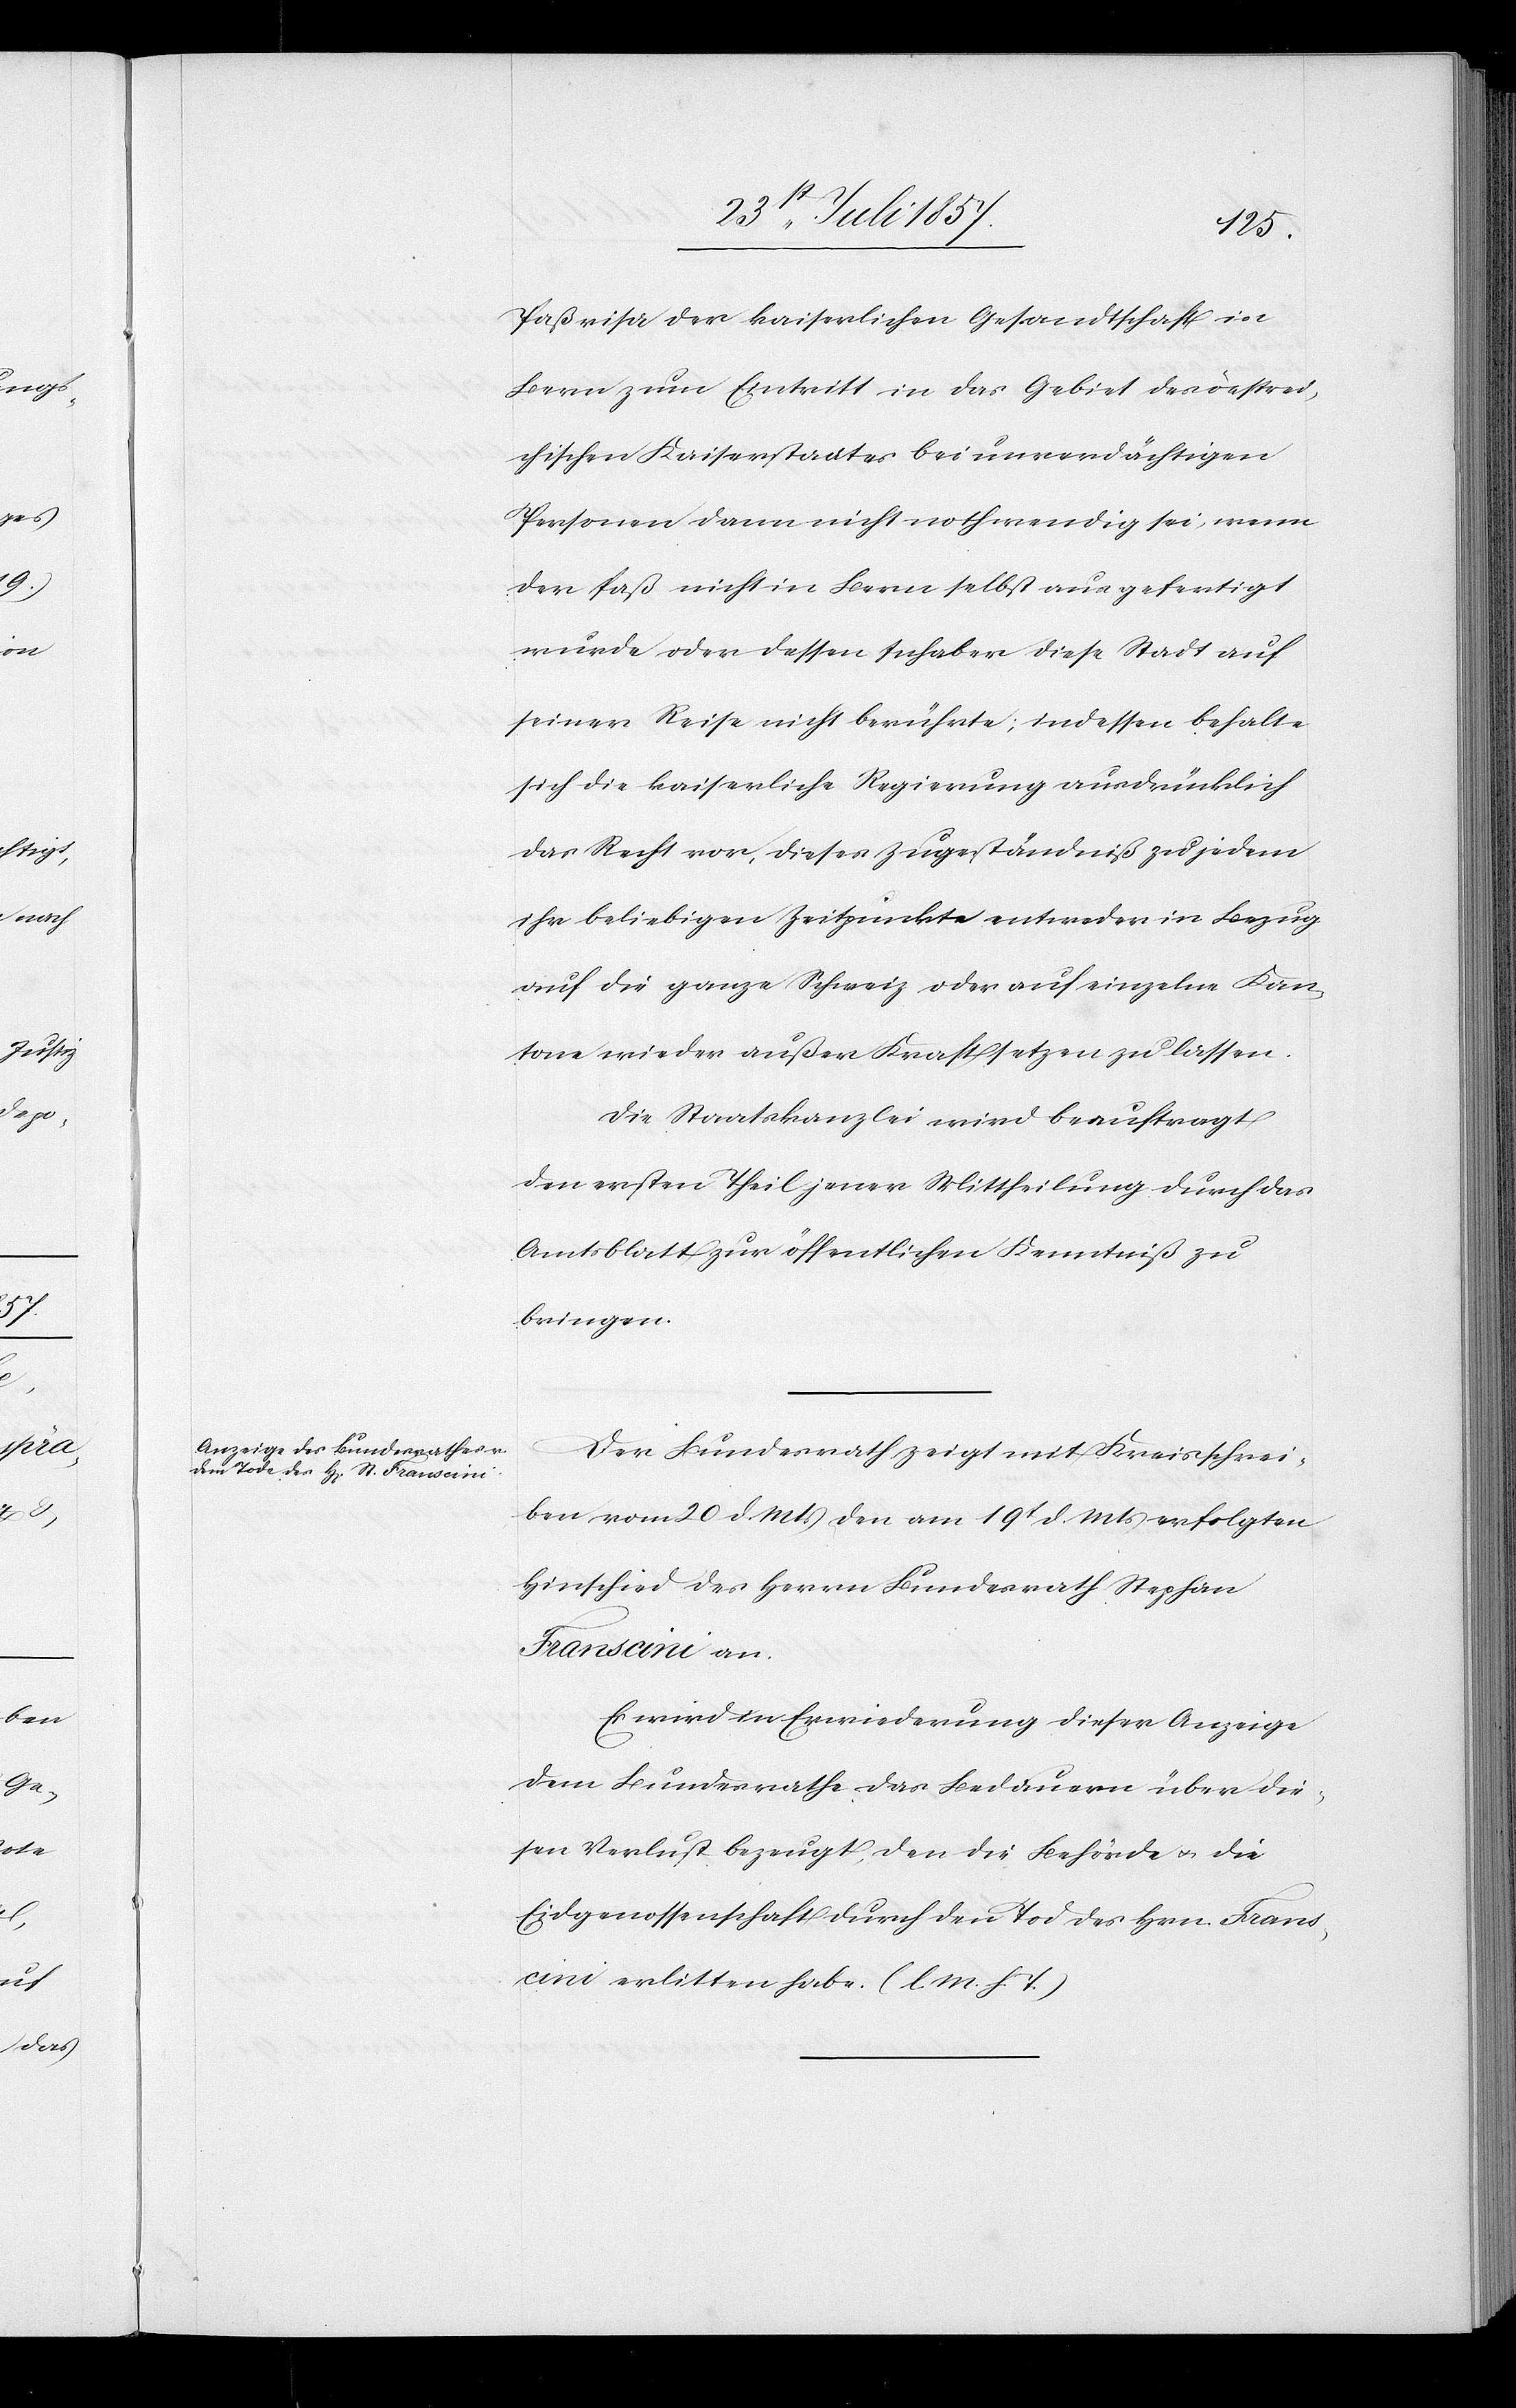
Paßvisa der kaiserlichen Gesandtschaft in
Bern zum Eintritt in das Gebiet des östrei¬
chischen Kaiserstaates bei unverdächtigen
Personen dann nicht nothwendig sei, wenn
der Paß nicht in Bern selbst ausgefertigt
wurde oder dessen Inhaber diese Stadt auf
seiner Reise nicht berührte; indessen behalte
sich die kaiserliche Regierung ausdrücklich
das Recht vor, dieses Zugeständniß zu jedem
ihr beliebigen Zeitpunkte entweder in Bezug
auf die ganze Schweiz oder auf einzelne Kan¬
tone wieder außer Kraft setzen zu lassen.
Die Staatskanzlei wird beauftragt
dem ersten Theil jener Mittheilung durch das
Amtsblatt zur öffentlichen Kenntniß zu
bringen.
Der Bundesrath zeigt mit Kreisschrei¬
ben vom 20 d. Mts. den am 19t. d. Mts. erfolgten
Hinschied des Herrn Bundesrath Stephan
Franscini an.
Es wird in Erwiederung dieser Anzeige
dem Bundesrathe das Bedauern über die¬
sen Verlust bezeugt, den die Behörde & die
Eidgenossenschaft durch den Tod des Hrn. Frans¬
cini erlitten habe. [l. M. h. T]